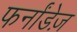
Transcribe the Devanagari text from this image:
फर्नांडेज़